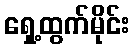
ရှေ့ထွက်မိုင်း